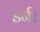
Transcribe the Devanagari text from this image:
डर्न।